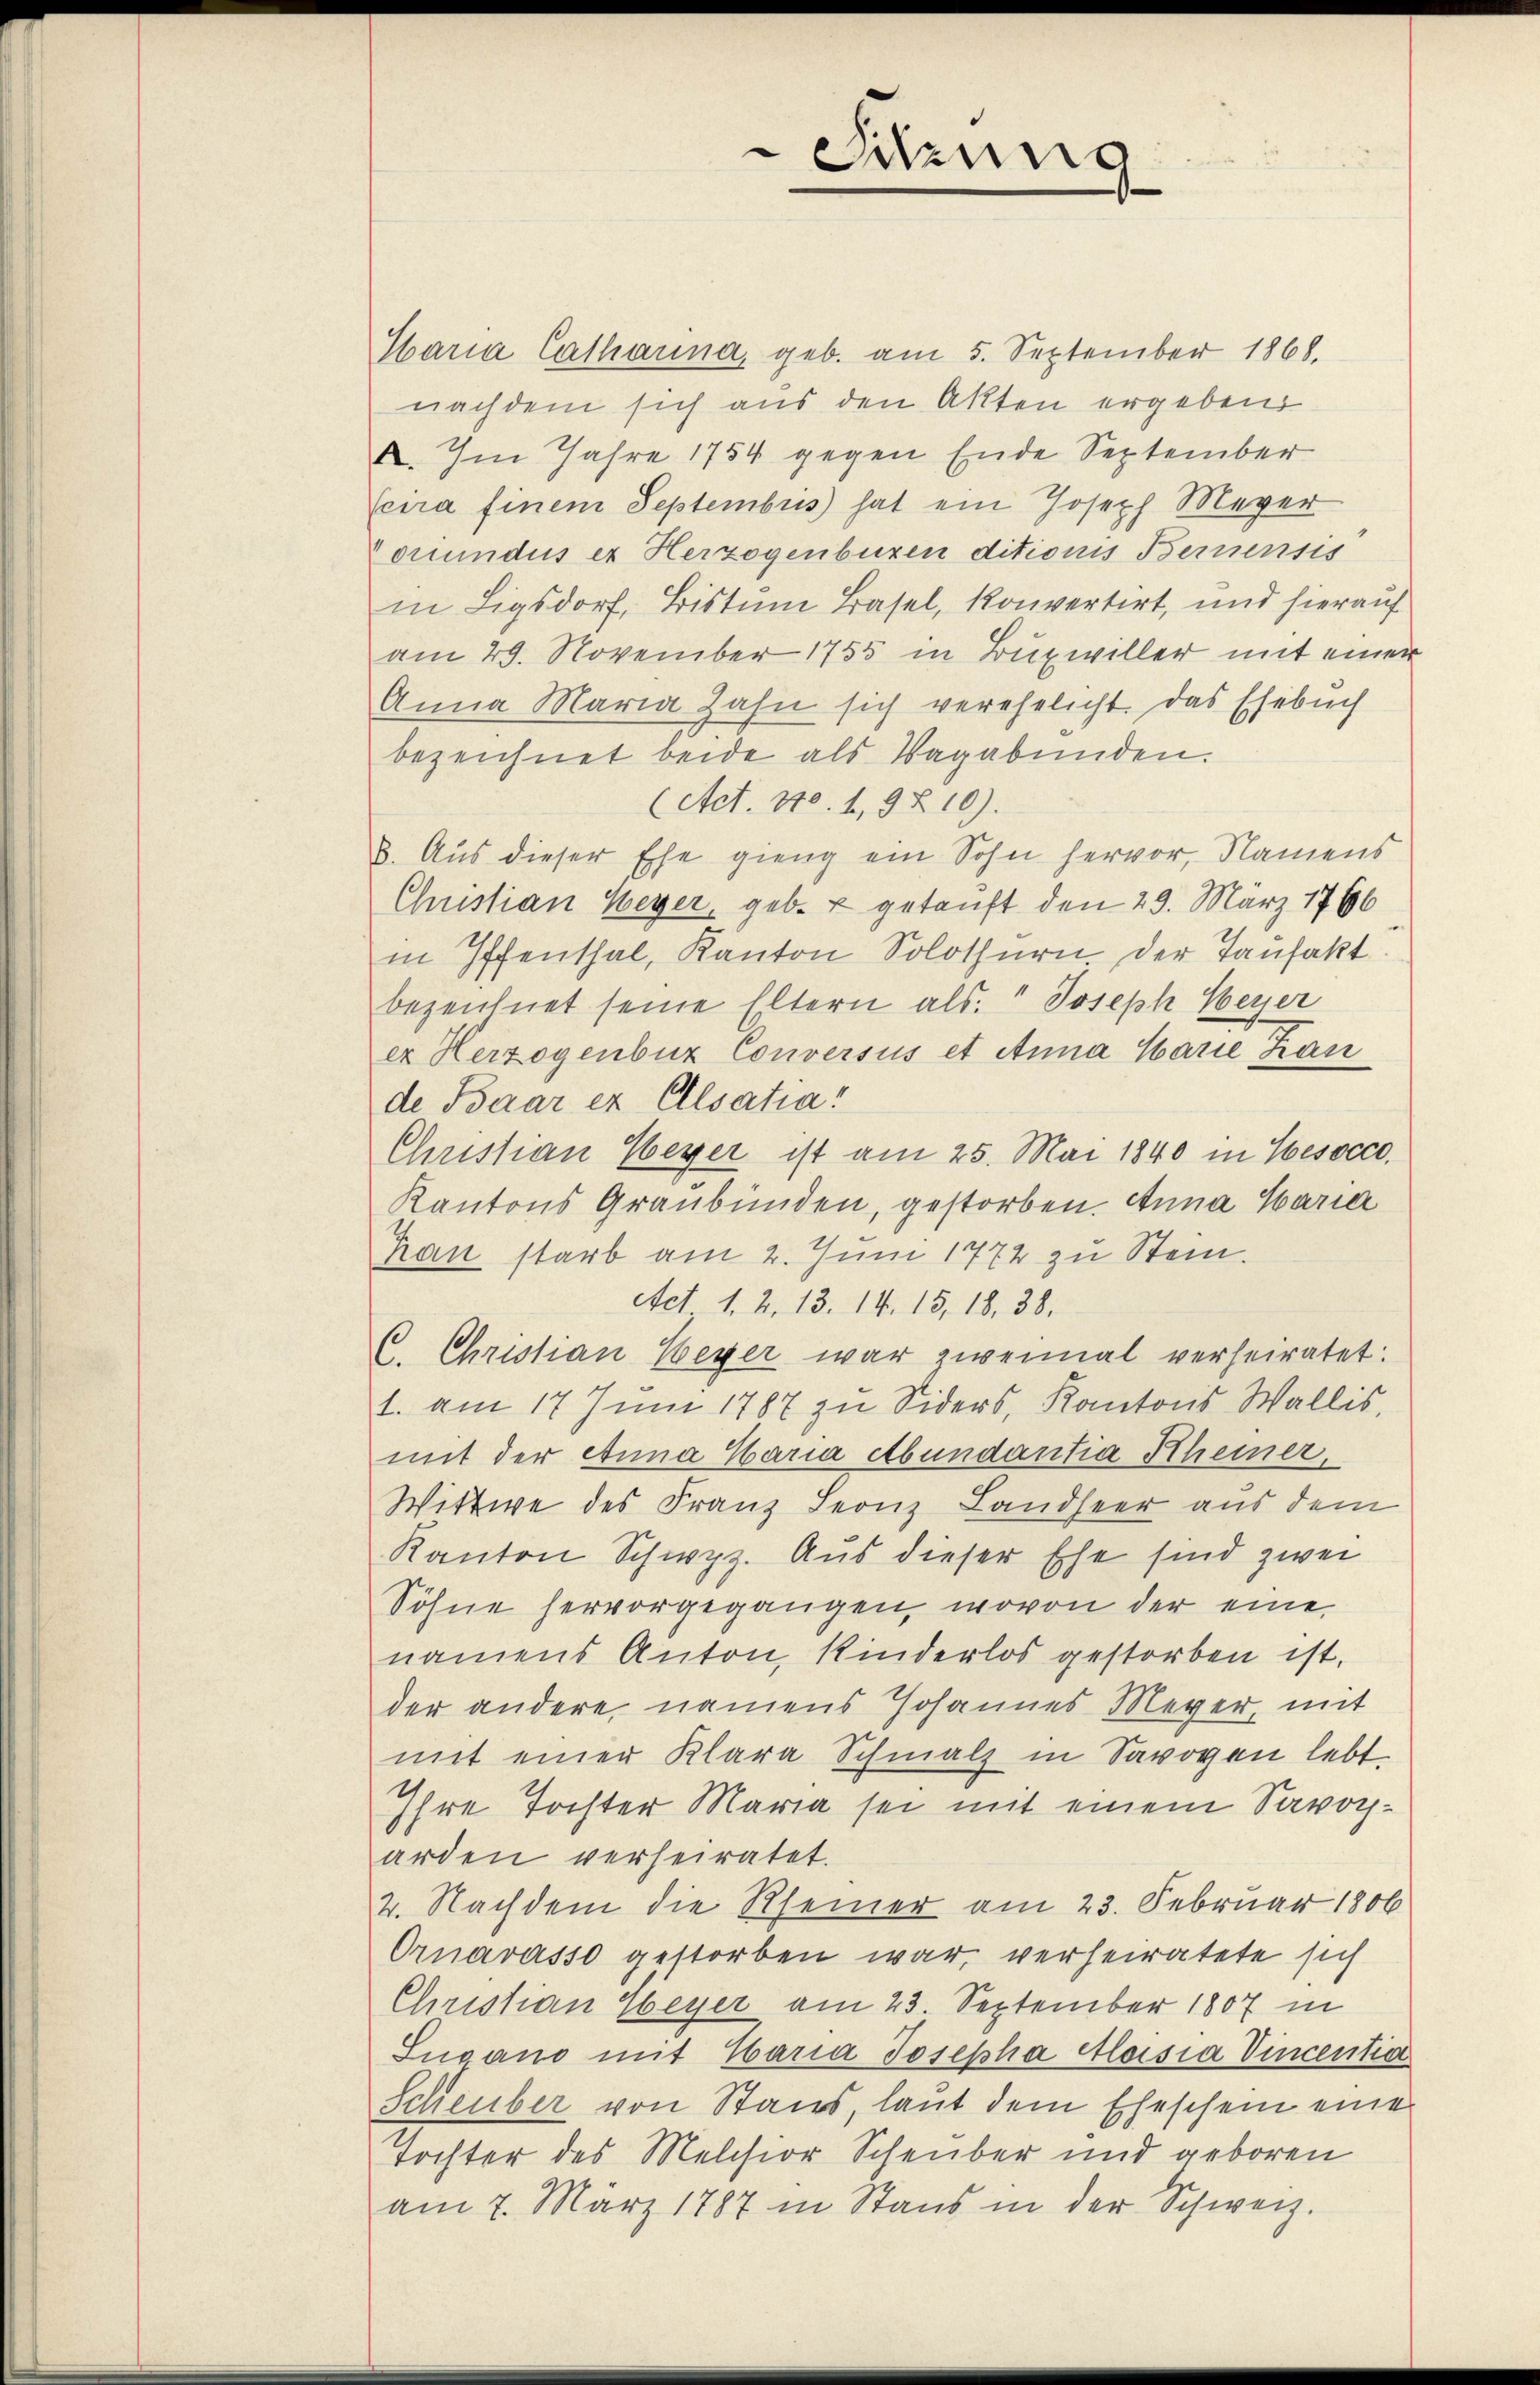
Ebaria Catharina, geb. am 5. September 1868.
nachdem sich aus den Akten ergeben
A. Im Jahre 1754 gegen Ende September
Icira finem Septembus hat ein Joseph Meyer
ouundus et Herzogenburen ditionis Bernensis
in Ligsdorf, Bistum Basel, konvertirt, und hierauf
am 29. November 1755 in Buzwiller mit einer
Anna Maria Zahn sich verehelicht. Das Esebuch
bezeichnet beide als Vagabunden.
(Act. 110. 1, 9 Z. 10).
8. Aus dieser Ehe gieng ein Sohn hervor, Namens
Christian Weyer, geb. & getauft den 29. März 1796
in Iffenthal, Kanton Solothurn der Taufakt
bezeichnet seine Eltern als. " Joseph Neuer
er Herzogenbur Conversus et Anna Marie Kan
de Baar ex Ellsatia!
Christian Weyer ist am 25. Mai 1840 in Cesocco
Kantons Graubünden, gestorben. Anna Maria
Kan starb am 2. Juni 1772 zu Stein.
Act 1. 2. 13. 14. 15, 18. 38.
C. Christian Weyer war zweimal verheiratet:
1. am 17 Juni 1787 zu Siders, Kantons Wallis,
mit der Anna Maria Abendantia Scheiner,
Wittwe des Franz Leonz Landseer aus dem
Kanton Schwyz. Aus dieser Ehe sind zwei
Söhne hervorgegangen, wovon der eine
namens Anton, Kinderlos gestorben ist.
der andere namens Johannes Meyer, mit
mit einer Klara Schmalz in Savoyen lebt
Ihre Tochter Maria sei mit einem Savocharden verheiratet.
2. Nachdem die Rheiner am 23. Februar 1806
Ornarasso gestorben war, verheiratete sich
Christian Weyer am 23. September 1807 in
Sugano mit Caria Josepha Aloisia Vincentia
Scheuber von Stais, laut dem Eheschein eine
Tochter des Melchior Scheuber und geboren
am 7. März 1787 in Stand in der Schweiz.

Sitzung